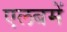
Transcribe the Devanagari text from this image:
एलबमें